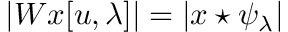
| W x [ u , \lambda ] | = | x \star \psi _ { \lambda } |